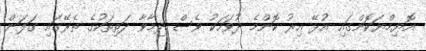
އޮޔިމްޔަކޮންގައި އުޅޭ އިރު ކޮންމެ ދުވަހަކު ވެސް ދިމާވާ ދަތިތަކުގެ ތެރޭގައި ގަލަން